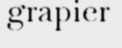
grapier